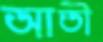
আতী